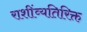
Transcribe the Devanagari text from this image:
राशींव्यतिरिक्त